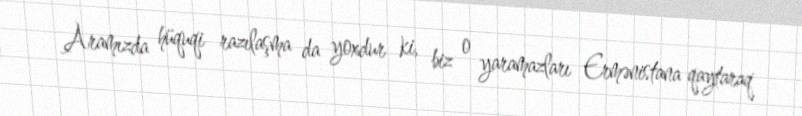
Aramızda hüquqi razılaşma da yoxdur ki, biz o yaramazları Ermənistana qaytaraq